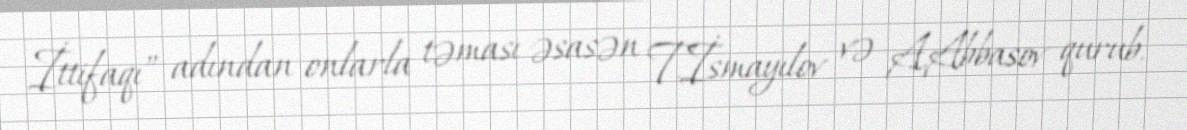
İttifaqı” adından onlarla təması əsasən T.İsmayılov və A.Abbasov qurub.